Black-water fever - Number 35
Disease focus: Fever
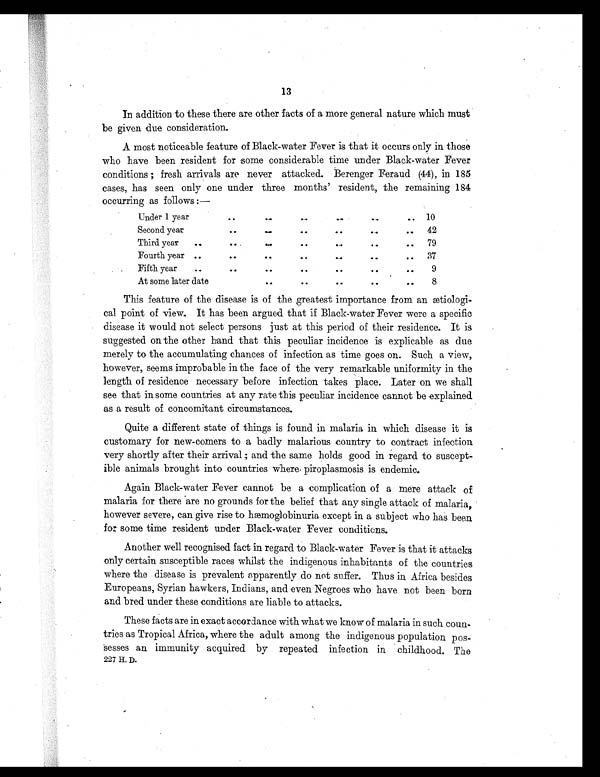
13
In addition to these there are other facts of a more general nature which must
be given due consideration.
A most noticeable feature of Black-water Fever is that it occurs only in those
who have been resident for some considerable time under Black-water Fever
conditions ; fresh arrivals are never attacked. Berenger Feraud (44), in 185
cases, has seen only one under three months' resident, the remaining 184
occurring as follows :—
Under 1 year
..
. . . . . .
. .
..
. . . . 10
Second year
.
.
. .
. .
. .
. .
. . . . . 42
Third year ..
. .
. .
. .
. .
. . . . 7 9
Fourth year ..
.
0
..
. .
. .
..
. . . . 37
Fifth year . .
..
..
.
.
. .
. .
. . 9
At some later date
. .
.
.
. .
..
. . 8
This feature of the disease is of the greatest importance from an aetiologi
- c a l p o i n t o f v i e w . I t h a s b e e n a r g u e d t h a t i f B l a c k - w a t e r F e v e r w e r e a s p e c i f i c
disease it would not select persons just at this period of their residence. It is
suggested on the other hand that this peculiar incidence is explicable as due
merely to the accumulating chances of infection as time goes on. Such a view,
however, seems improbable in the face of the very remarkable uniformity in the
length of residence necessary before infection takes place. Later on we shall
see that in some countries at any rate this peculiar incidence cannot be explained
as a result of concomitant circumstances.
Quite a different state of things is found in malaria in which disease it is
customary for new-comers to a badly malarious country to contract infection
very shortly after their arrival ; and the same holds good in regard to suscept
- i b l e a n i m a l s b r o u g h t i n t o c o u n t r i e s w h e r e . p i r o p l a s m o s i s i s e n d e m i c .
Again Black-water Fever cannot be a complication of a mere attack of
malaria for there are no grounds for the belief that any single attack of malaria,
however sever e, can gi ve r i se t o hæmogl obi nur i a except i n a subj ect who has been
for some time resident under Black-water Fever conditions.
Another well recognised fact in regard to Black-water Fever is that it attacks
only certain susceptible races whilst the indigenous inhabitants of the countries
where the disease is prevalent apparently do not suffer. Thus in Africa besides
Europeans, Syrian hawkers, Indians, and even Negroes who have not been born
and bred under these conditions are liable to attacks.
These facts are in exact accordance with what we know of malaria in such coun
-tries as Tropical Africa, where the adult among the indigenous population pos
- s e s s e s a n i m m u n i t y a c q u i r e d b y r e p e a t e d i n f e c t i o n i n c h i l d h o o d . T h e
227 H. D.